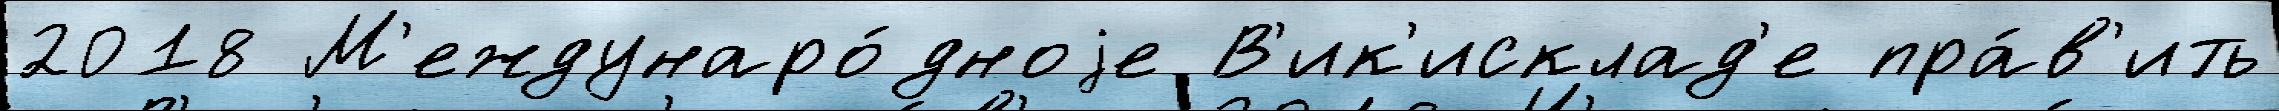
2018 М'еждунаро́дноjе В'ик'исклад'е пра́в'ить